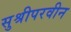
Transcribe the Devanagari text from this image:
सुश्रीपरवीन